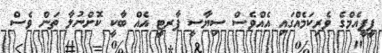
ޕީޕީއެމްގެ ވެރިކަމެއްގައި އެއްވެސް ސިޔާސީ ޕާރޓީ އެއް ބާކީ ކޮށްނުލާ ތަން ވެސް